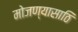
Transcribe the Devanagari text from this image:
मोजण्यासाठि